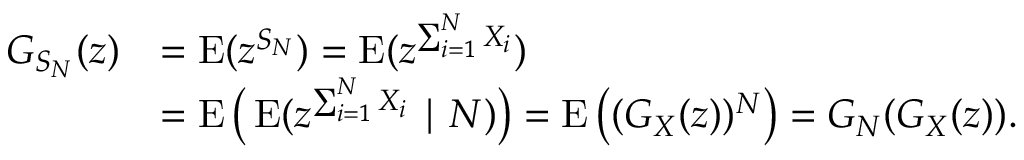
{ \begin{array} { r l } { G _ { S _ { N } } ( z ) } & { = \operatorname { E } ( z ^ { S _ { N } } ) = \operatorname { E } ( z ^ { \sum _ { i = 1 } ^ { N } X _ { i } } ) } \\ & { = \operatorname { E } { \big ( } \operatorname { E } ( z ^ { \sum _ { i = 1 } ^ { N } X _ { i } } \mid N ) { \big ) } = \operatorname { E } { \big ( } ( G _ { X } ( z ) ) ^ { N } { \big ) } = G _ { N } ( G _ { X } ( z ) ) . } \end{array} }